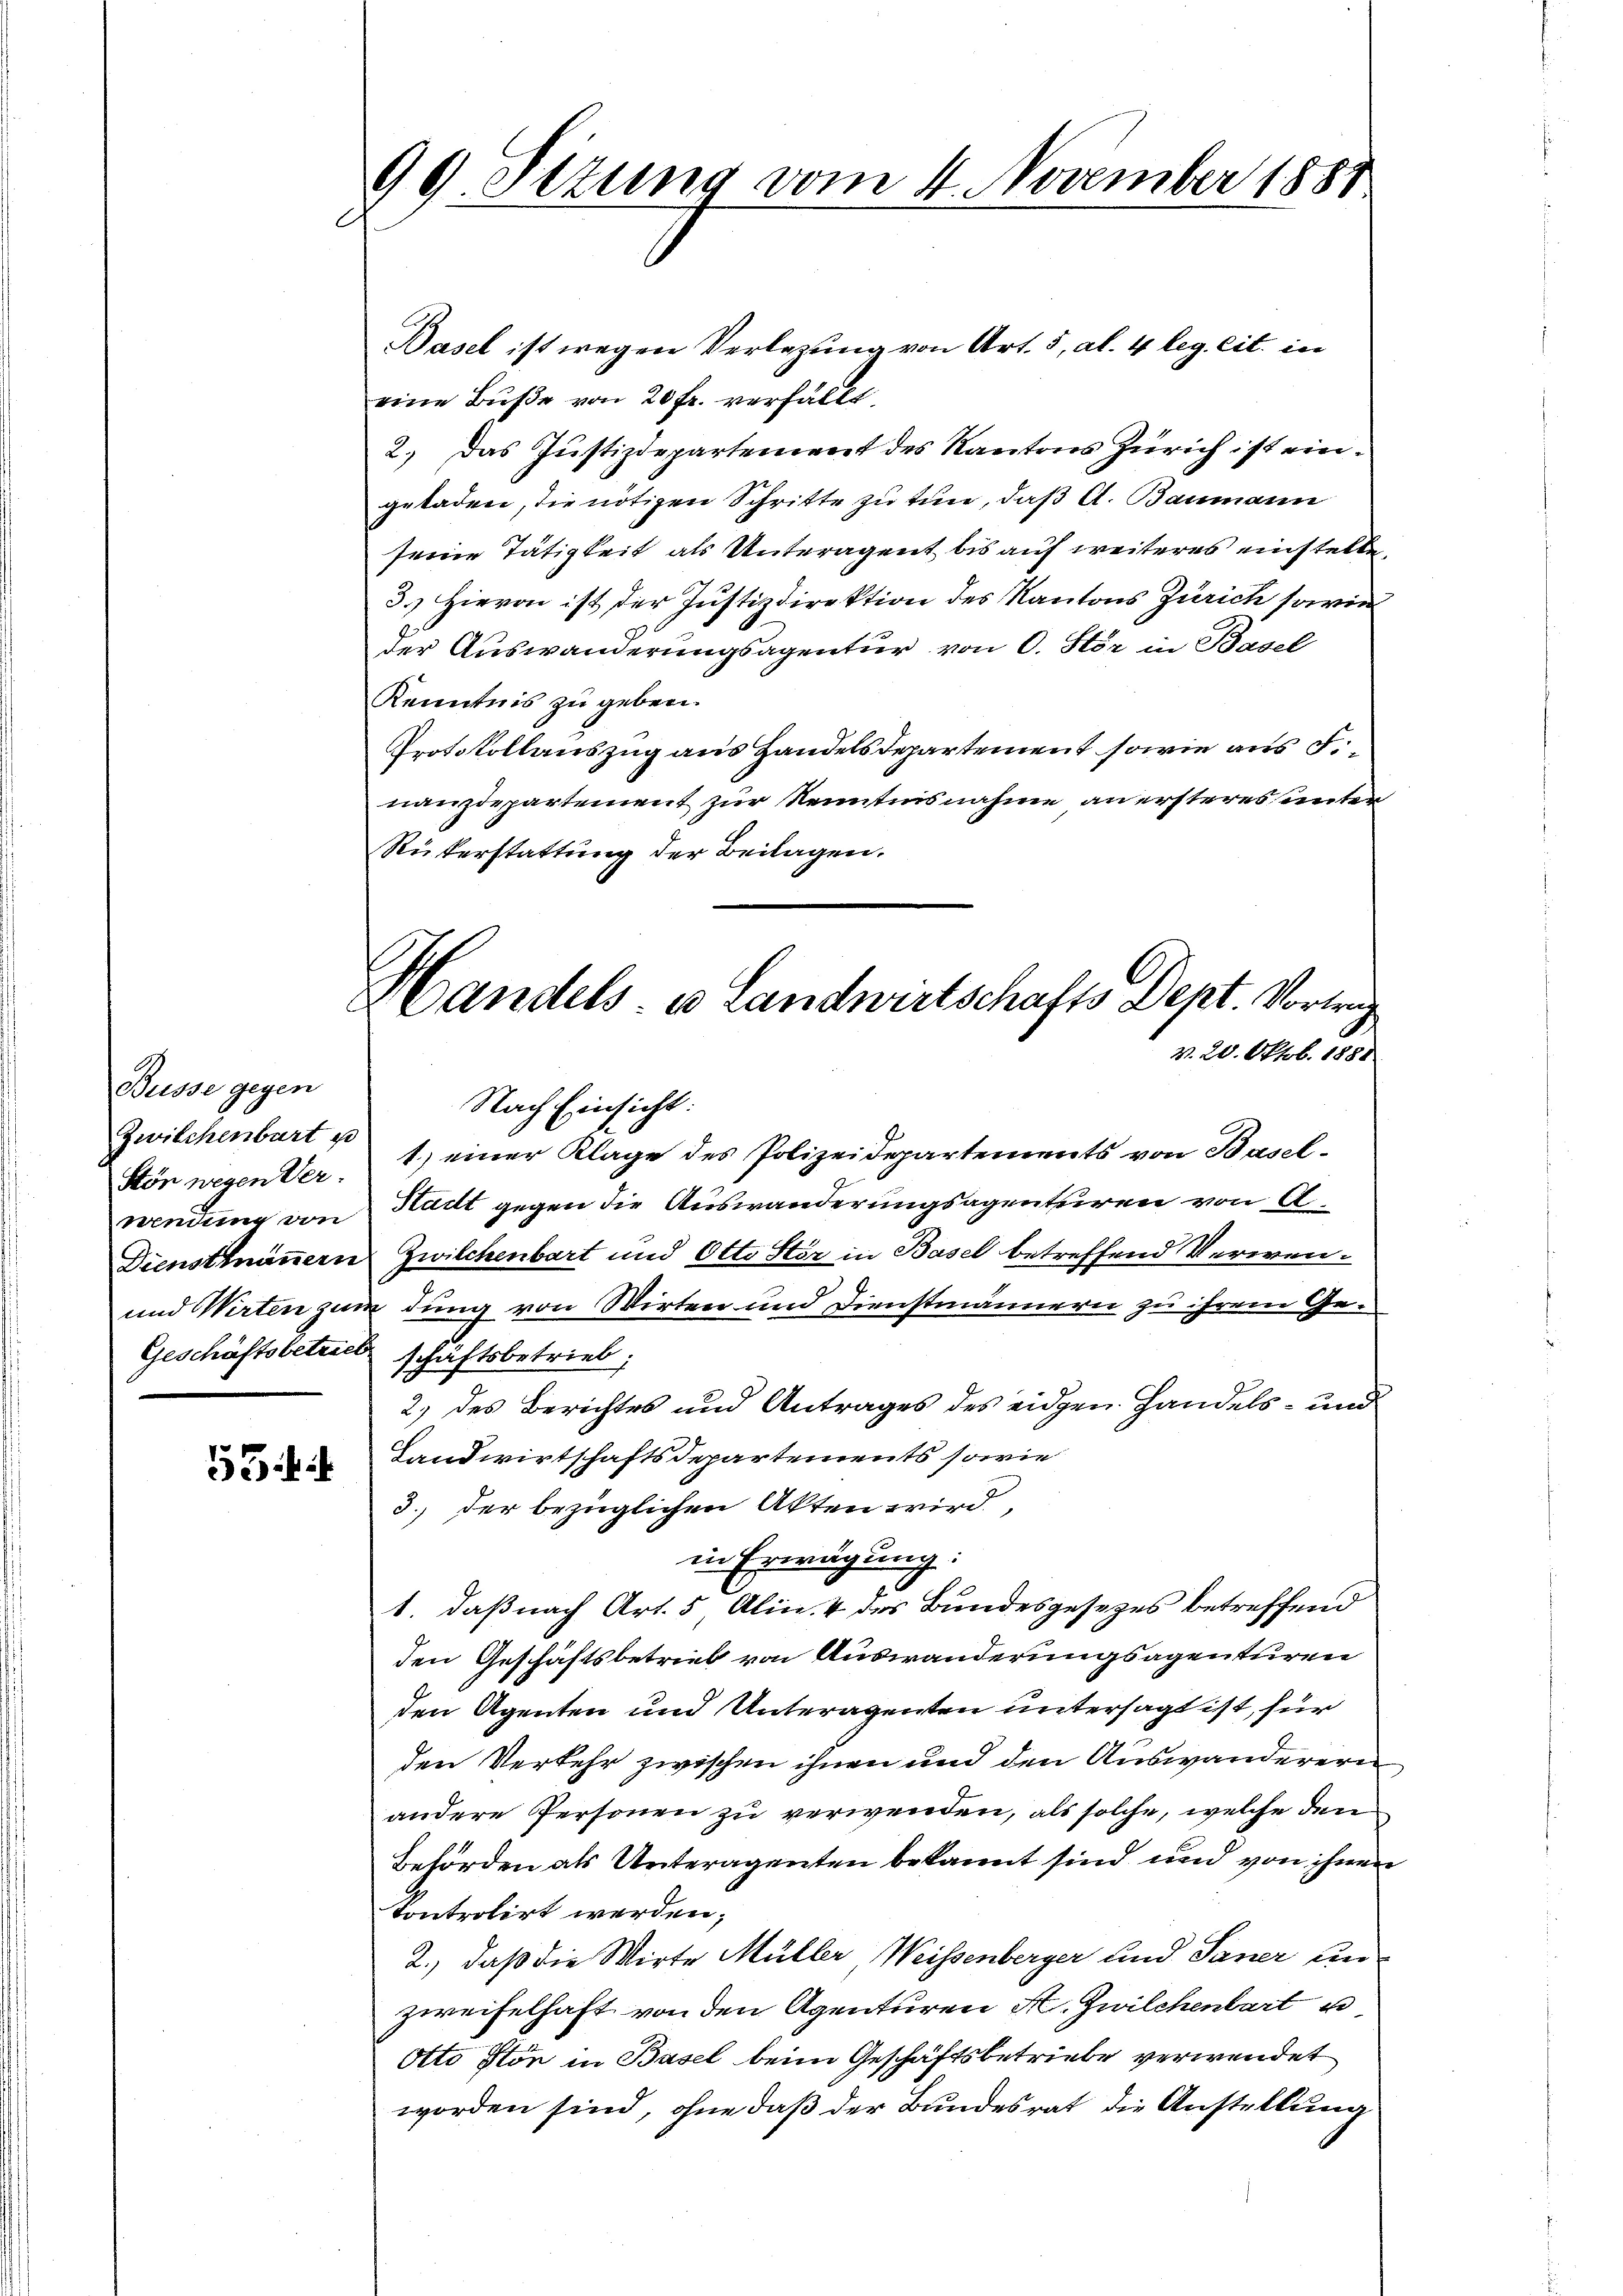
Büsse gegen
Stön wegen Ver¬

53

99. Sizung vom 4. November 1881

Handels es Landwirtschafts Dept. Vortrag
v. 20. Oktob. 1881

Basel ist wegen Verlegung von Art. 5, al. 4 leg. cit. in
eine Bŭβe von 20 fr. verfällt.
2.) Das Justizdepartement des Kantons Zürich ist eingeladen, die nötigen Schritte zu tun, daß A. Baumann
seine Tätigkeit als Unteragent bis auf weiteres einstelle.
3.) Hievon ist der Justizdirektion des Kantons Zürich sowie
der Auswanderungsagentur von 0. Stör in Basel
Kenntnis zu geben.
Protokollauszug aus Handelsdepartement sowie aus F
nanzdepartement zur Kenntnisnahme an ersteres unten
Rükerstattung der Beilagen.
Nach Einsicht:
Zwilchenbart u 1.) einer Klage des Polizeidepartements von Basel-
wendung von Hadt gegen die Auswanderungsagenturen von A¬
Dienstmannern Zwilchenbart und Otto Stör in Basel betreffend Verwen¬
und Wirten zum dung von Wirten und Dienstmännern zu ihrem Ge¬
Geschäftsbetrieb schäftsbetrieb,
2) des Berichtes und Antrages des eidgen. Handels- und
Landwirtschaftsdepartements sowie
3.) der bezüglichen Akten wird,
in Erwägung:
1. daß nach Art. 5 Alin. 4 des Bundesgesezes betreffend
den Geschäftsbetrieb von Auswanderungsagenturen
den Agenten und Unteragenten untersagt ist, für
den Verkehr zwischen ihnen und den Auswanderere
andere Personen zu verwenden, als solche, welche den
Behörden als Unteragenten bekannt sind und von ihnen
kontrolirt werden;
2.) daß die Wirte Müller Weissenberger und Saner un
zweifelhaft von den Agenturen H. Zwilchenbart u
Otto Ston in Basel beim Geschäftsbetriebe verwendet
worden sind, ohne daß der Bundesrat die Anstellung